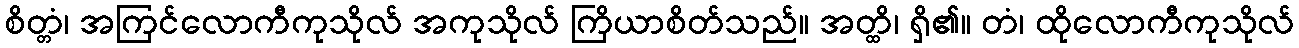
စိတ္တံ၊ အကြင်လောကီကုသိုလ် အကုသိုလ် ကြိယာစိတ်သည်။ အတ္ထိ၊ ရှိ၏။ တံ၊ ထိုလောကီကုသိုလ်